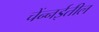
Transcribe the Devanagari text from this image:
चेंन्नईतील